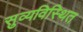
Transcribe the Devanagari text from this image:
सुव्यविस्थित